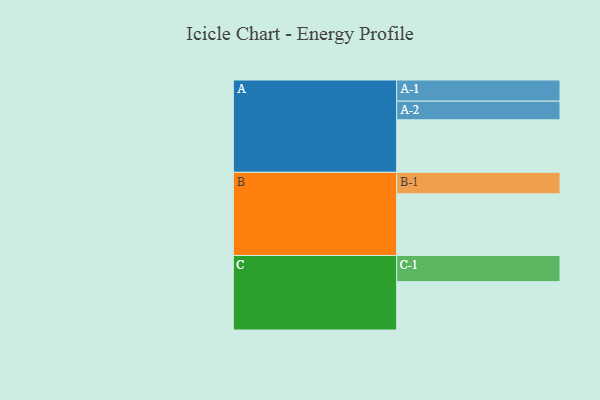
{"axis": {"x": "Segment", "y": "Value"}, "legend": ["", "A", "B", "C"], "data": [{"x": "A", "y": 407, "type": ""}, {"x": "B", "y": 478, "type": ""}, {"x": "C", "y": 375, "type": ""}, {"x": "A-1", "y": 164, "type": "A"}, {"x": "A-2", "y": 145, "type": "A"}, {"x": "B-1", "y": 167, "type": "B"}, {"x": "C-1", "y": 203, "type": "C"}]}